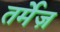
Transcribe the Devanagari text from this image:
तर्मेज़